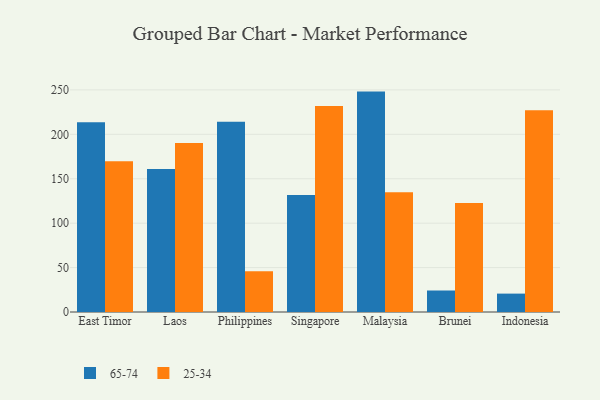
{"axis": {"x": "Country", "y": "Demand Index"}, "legend": ["25-34", "65-74"], "data": [{"x": "East Timor", "y": 213.7, "type": "65-74"}, {"x": "East Timor", "y": 169.8, "type": "25-34"}, {"x": "Laos", "y": 160.9, "type": "65-74"}, {"x": "Laos", "y": 190.1, "type": "25-34"}, {"x": "Philippines", "y": 214.3, "type": "65-74"}, {"x": "Philippines", "y": 45.9, "type": "25-34"}, {"x": "Singapore", "y": 131.8, "type": "65-74"}, {"x": "Singapore", "y": 232.0, "type": "25-34"}, {"x": "Malaysia", "y": 248.1, "type": "65-74"}, {"x": "Malaysia", "y": 134.9, "type": "25-34"}, {"x": "Brunei", "y": 24.2, "type": "65-74"}, {"x": "Brunei", "y": 122.7, "type": "25-34"}, {"x": "Indonesia", "y": 20.7, "type": "65-74"}, {"x": "Indonesia", "y": 227.0, "type": "25-34"}]}